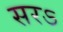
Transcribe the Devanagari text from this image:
सरऽ